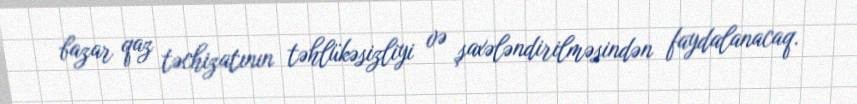
bazar qaz təchizatının təhlükəsizliyi və şaxələndirilməsindən faydalanacaq.